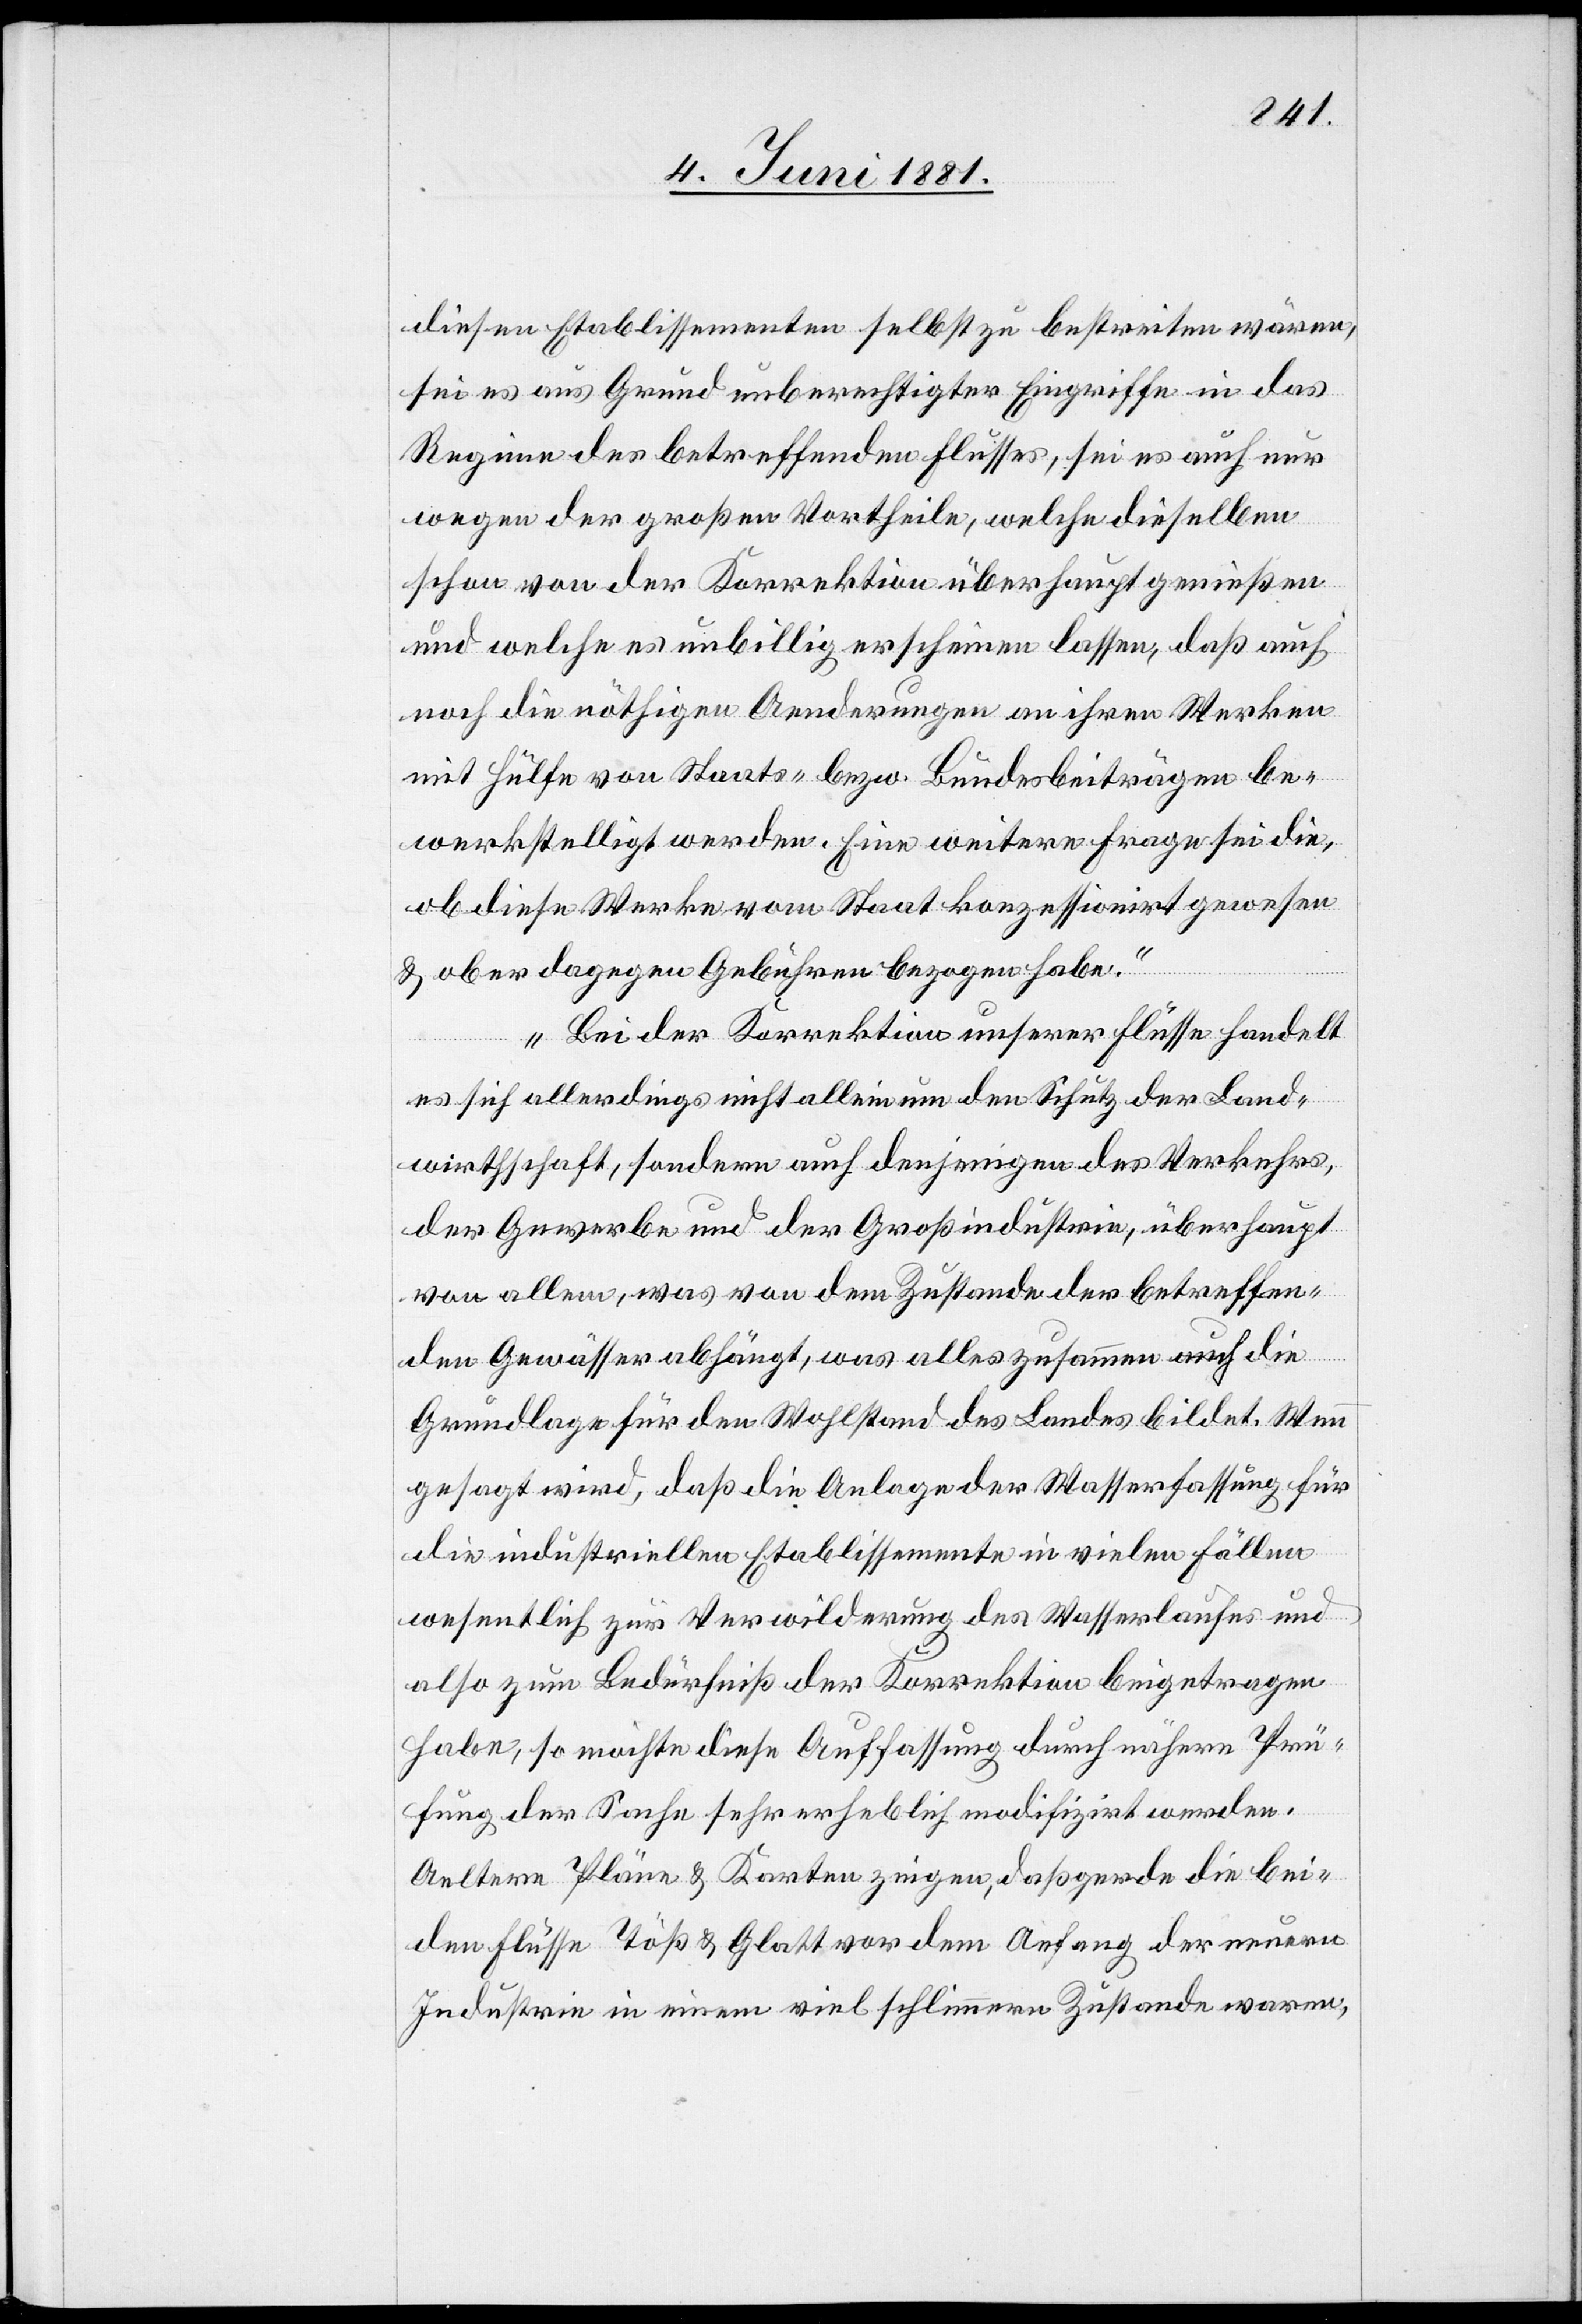
diesen Etablissementen selbst zu bestreiten wären,
sei es aus Grund unberechtigter Eingriffe in das
Regime des betreffenden Flusses, sei es auch nur
wegen der großen Vortheile, welche dieselben
schon von der Korrektion überhaupt genießen
und welche es unbillig erscheinen lassen, daß auch
noch die nöthigen Aenderungen an ihren Werken
mit Hülfe von Staats- bezw. Bundesbeiträgen be¬
werkstelligt werden. Eine weitere Frage sei die,
ob diese Werke vom Staat konzessionirt gewesen
& ob er dagegen Gebühren bezogen habe.
Bei der Korrektion unserer Flüsse handelt
es sich allerdings nicht allein um den Schutz der Land¬
wirthschaft, sondern auch derjenigen des Verkehrs,
der Gewerbe und der Großindustrien, überhaupt
von allem, was von dem Zustande der betreffen¬
den Gewässer abhängt, was alles zusammen auch die
Grundlage für den Wohlstand des Landes bildet. Wenn
gesagt wird, daß die Anlage der Wasserfassung für
die industriellen Etablissemente in vielen Fällen
wesentlich zur Verwilderung des Wasserlaufes und
also zum Bedürfniß der Korrektion beigetragen
haben, so möchte diese Auffassung durch nähere Prü¬
fung der Sache sehr erheblich modifizirt werden.
Aeltere Pläne & Karten zeigen, daß gerde [sic!] die bei¬
den Flüsse Töß & Glatt vor dem Anfang der neuen
Industrien in einem viel schlimmern Zustande waren,